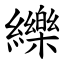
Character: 纅